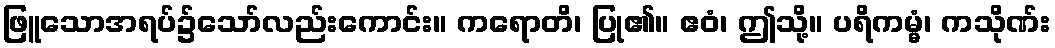
ဖြူသောအရပ်၌သော်လည်းကောင်း။ ကရောတိ၊ ပြု၏။ ဧဝံ၊ ဤသို့။ ပရိကမ္မံ၊ ကသိုဏ်း